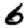
Digit: 6